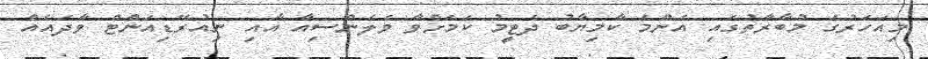
މިއަހަރުގެ މުބާރާތުގައި އެންމެ ކާމިޔާބު ދެޓީމު ކަމަށްވާ ވެލެންސިއާ އާއި ނިއުރޭޑިއަންޓް ވާދައެއް